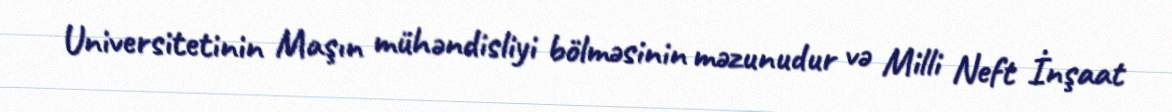
Universitetinin Maşın mühəndisliyi bölməsinin məzunudur və Milli Neft İnşaat